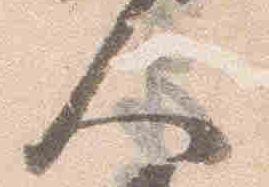
人